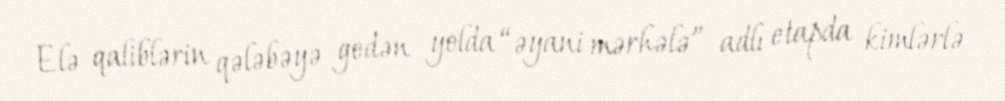
Elə qaliblərin qələbəyə gedən yolda “əyani mərhələ” adlı etapda kimlərlə